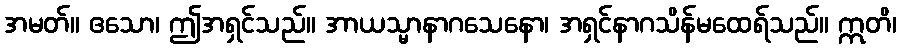
အမတ်။ ဧသော၊ ဤအရှင်သည်။ အာယသ္မာနာဂသေနော၊ အရှင်နာဂသိန်မထေရ်သည်။ ဣတိ၊